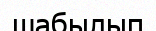
шабылып